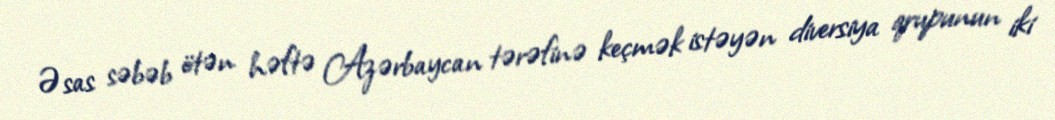
Əsas səbəb ötən həftə Azərbaycan tərəfinə keçmək istəyən diversiya qrupunun iki